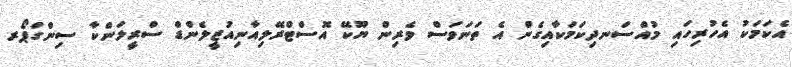
އެކަމަކު އެހުރިހައި މުއްސަނދިކަމަކާއިގެން އެ ތަނަވަސް ވެރިން ޔޫކޭ އޮސްޓްރޭލިއާނިއުޒީލެންޑް ސްރީލަންކާ ސިންގަޕޯރ